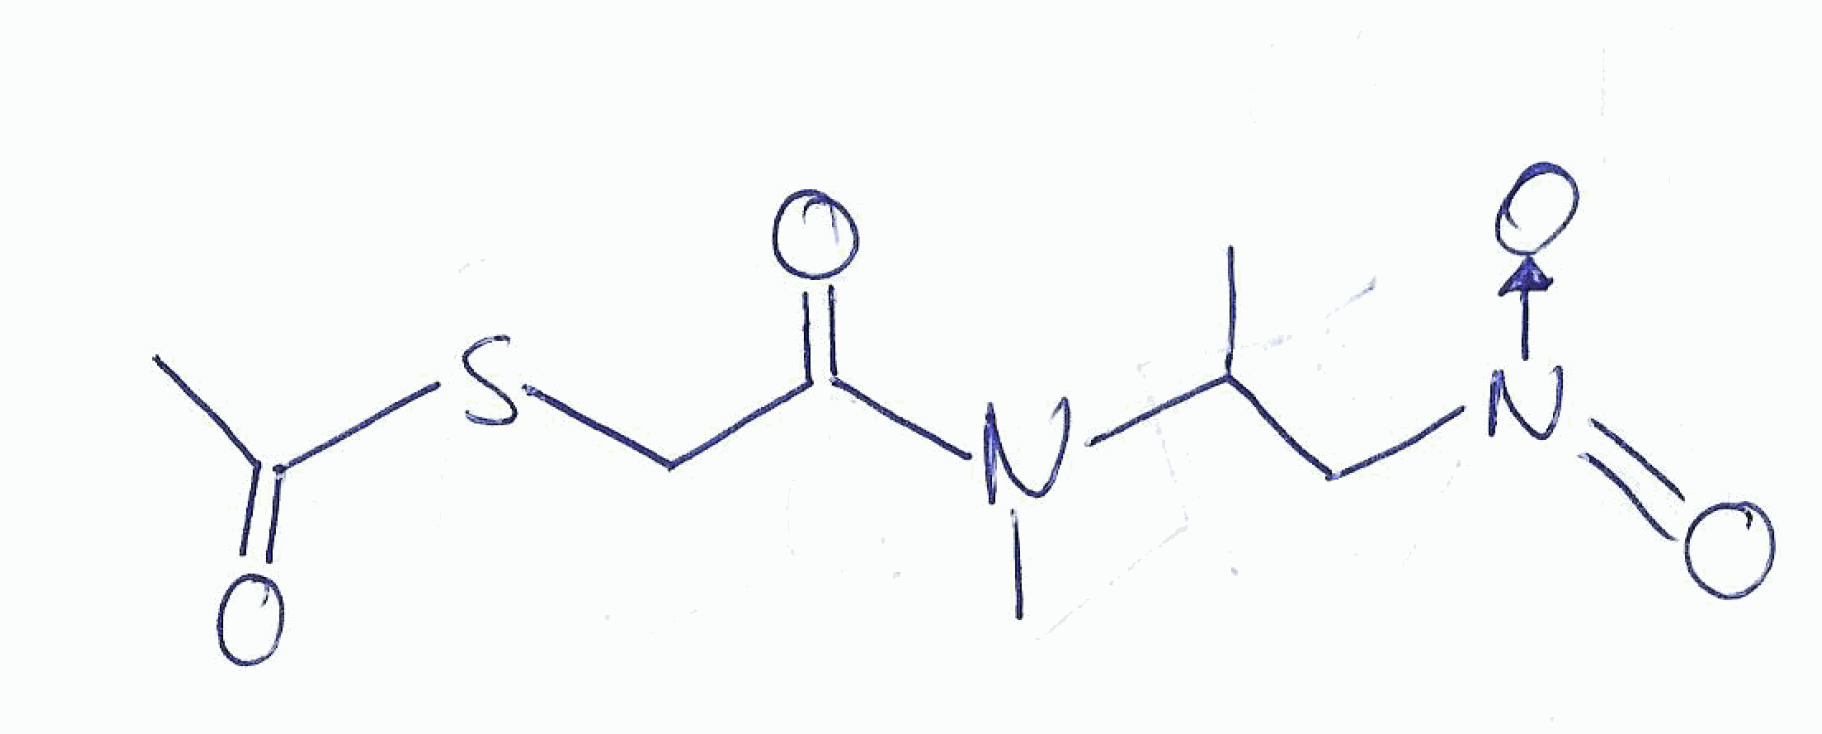
Simplified molecular-input line-entry system (SMILES) notation of the given molecule:
CC(C[N+](=O)[O-])N(C)C(=O)CSC(=O)C